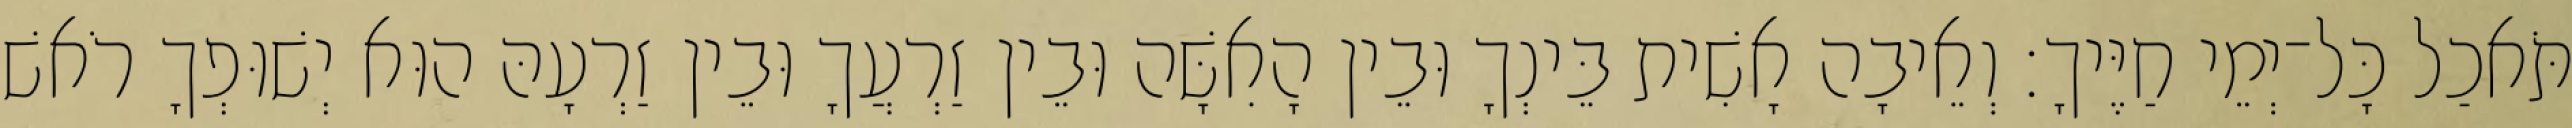
תֹּאכַל כָּל־יְמֵי חַיֶּיךָ׃ וְאֵיבָה אָשִׁית בֵּינְךָ וּבֵין הָאִשָּׁה וּבֵין זַרְעֲךָ וּבֵין זַרְעָהּ הוּא יְשׁוּפְךָ רֹאשׁ